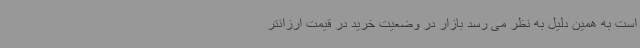
است به همین دلیل به نظر می رسد بازار در وضعیت خرید در قیمت ارزانتر